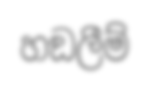
හඞලීම්